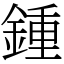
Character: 鍾